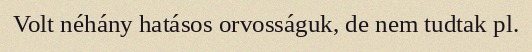
Volt néhány hatásos orvosságuk, de nem tudtak pl.